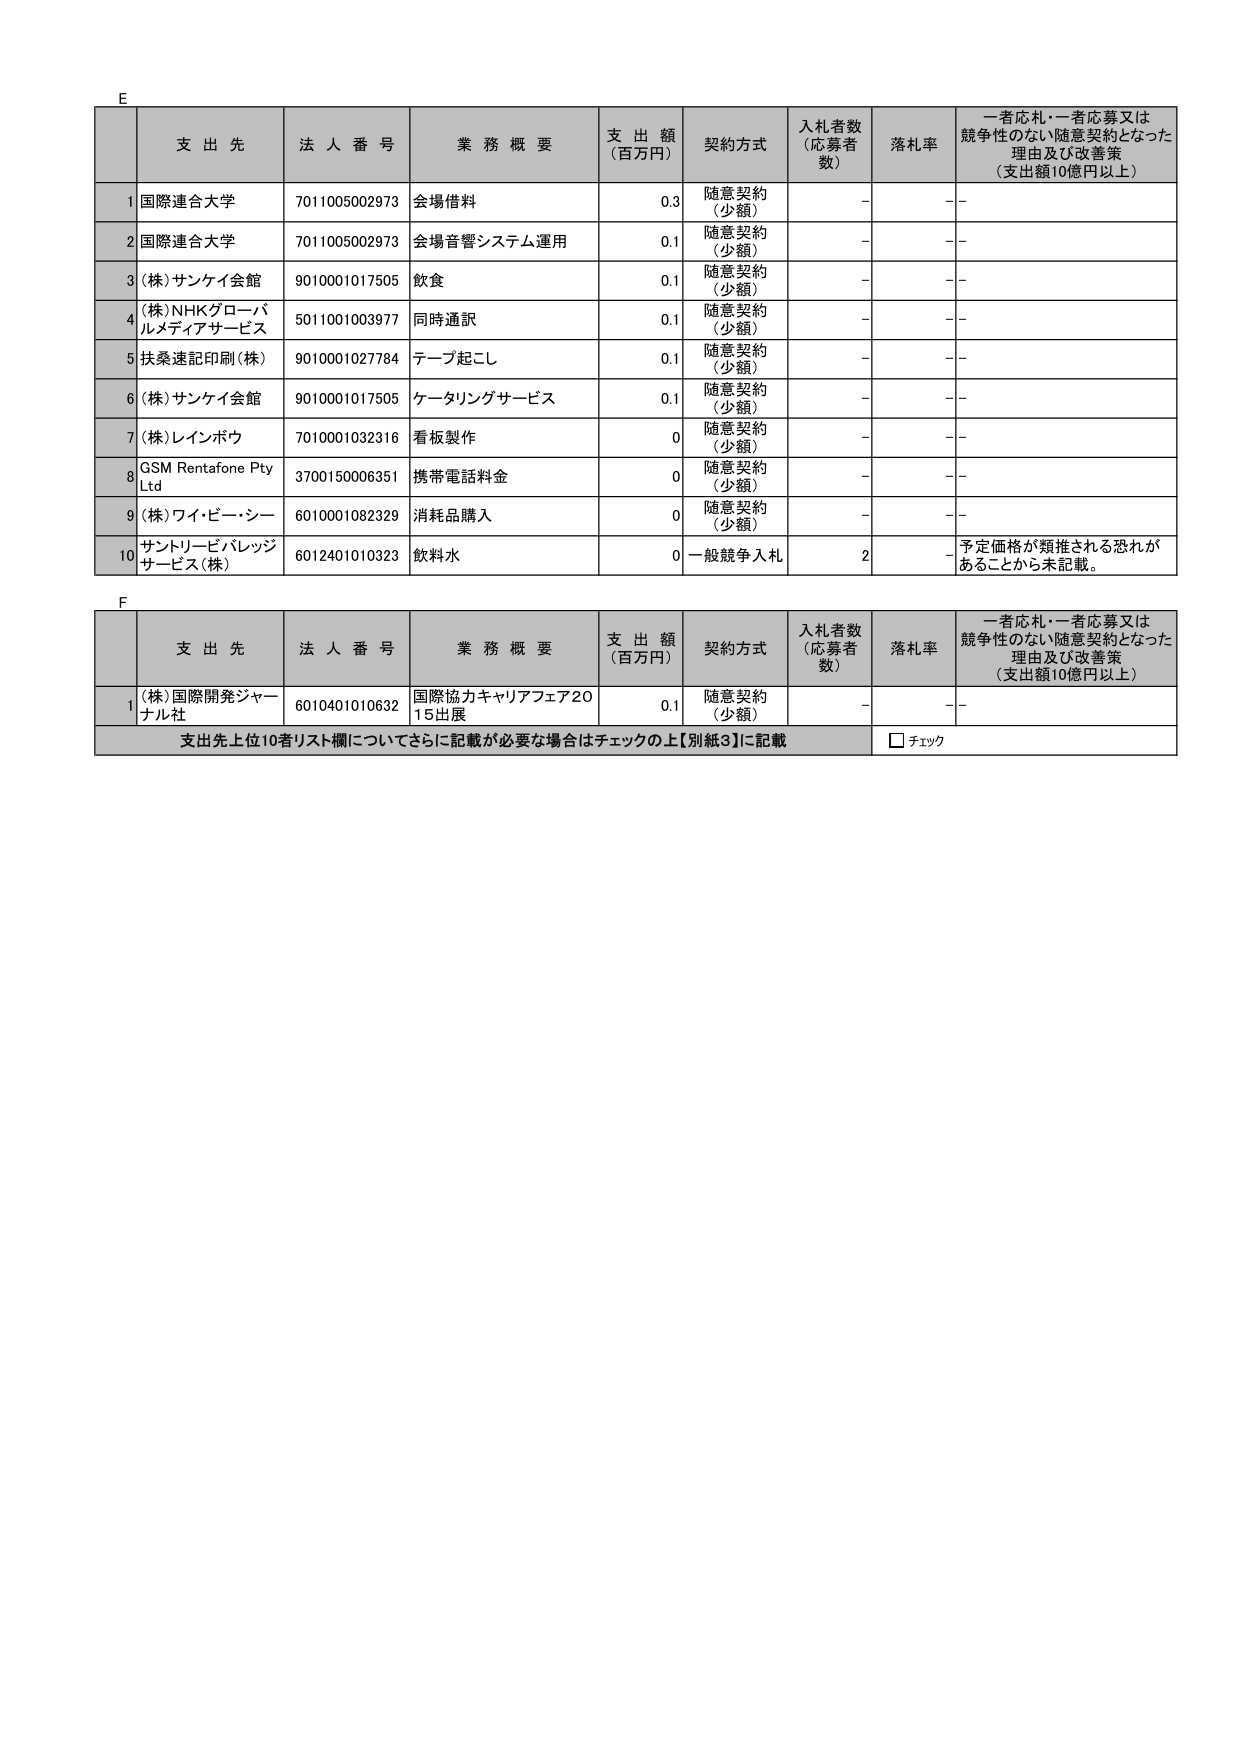
E
支 出 先 法 人 番 号 業 務 概 要 支 出 額 （百万円） 契約方式 入札者数 （応募者 数） 落札率 一者応札・一者応募又は 競争性のない随意契約となった 理由及び改善策 （支出額10億円以上）
1 国際連合大学 7011005002973 会場借料 0.3 随意契約 （少額） - - -
2 国際連合大学 7011005002973 会場音響システム運用 0.1 随意契約 （少額） - - -
3 (株)サンケイ会館 9010001017505 飲食 0.1 随意契約 （少額） - - -
4 (株)NHKグローバルメディアサービス 5011001003977 同時通訳 0.1 随意契約 （少額） - - -
5 扶桑速記印刷(株) 9010001027784 テープ起こし 0.1 随意契約 （少額） - - -
6 (株)サンケイ会館 9010001017505 ケータリングサービス 0.1 随意契約 （少額） - - -
7 (株)レインボウ 7010001032316 看板製作 0 随意契約 （少額） - - -
8 GSM Rentafone Pty Ltd 3700150006351 携帯電話料金 0 随意契約 （少額） - - -
9 (株)ワイ・ビー・シー 6010001082329 消耗品購入 0 随意契約 （少額） - - -
10 サントリービバレッジサービス(株) 6012401010323 飲料水 0 一般競争入札 2 - 予定価格が類推される恐れがあることから未記載。

F
支 出 先 法 人 番 号 業 務 概 要 支 出 額 （百万円） 契約方式 入札者数 （応募者 数） 落札率 一者応札・一者応募又は 競争性のない随意契約となった 理由及び改善策 （支出額10億円以上）
1 (株)国際開発ジャーナル社 6010401010632 国際協力キャリアフェア2015出展 0.1 随意契約 （少額） - - -
支出先上位10者リスト欄についてさらに記載が必要な場合はチェックの上【別紙3】に記載 □ チェック